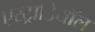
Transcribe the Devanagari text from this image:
एस्ट्राडियॉल